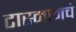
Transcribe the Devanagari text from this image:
टास्मानचे